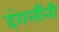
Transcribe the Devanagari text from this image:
दंगलींनी